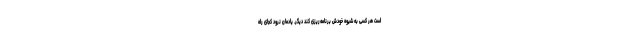
است هر کسی به شیوه خودش برنامه‌ریزی کند دیگر. یادمان نرود کجای راه